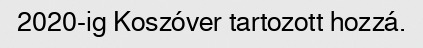
2020-ig Koszóver tartozott hozzá.